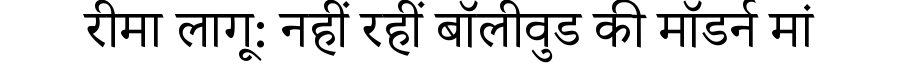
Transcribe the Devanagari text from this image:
रीमा लागू: नहीं रहीं बॉलीवुड की मॉडर्न मां